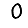
Digit: 0